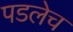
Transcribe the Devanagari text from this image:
पडलेच